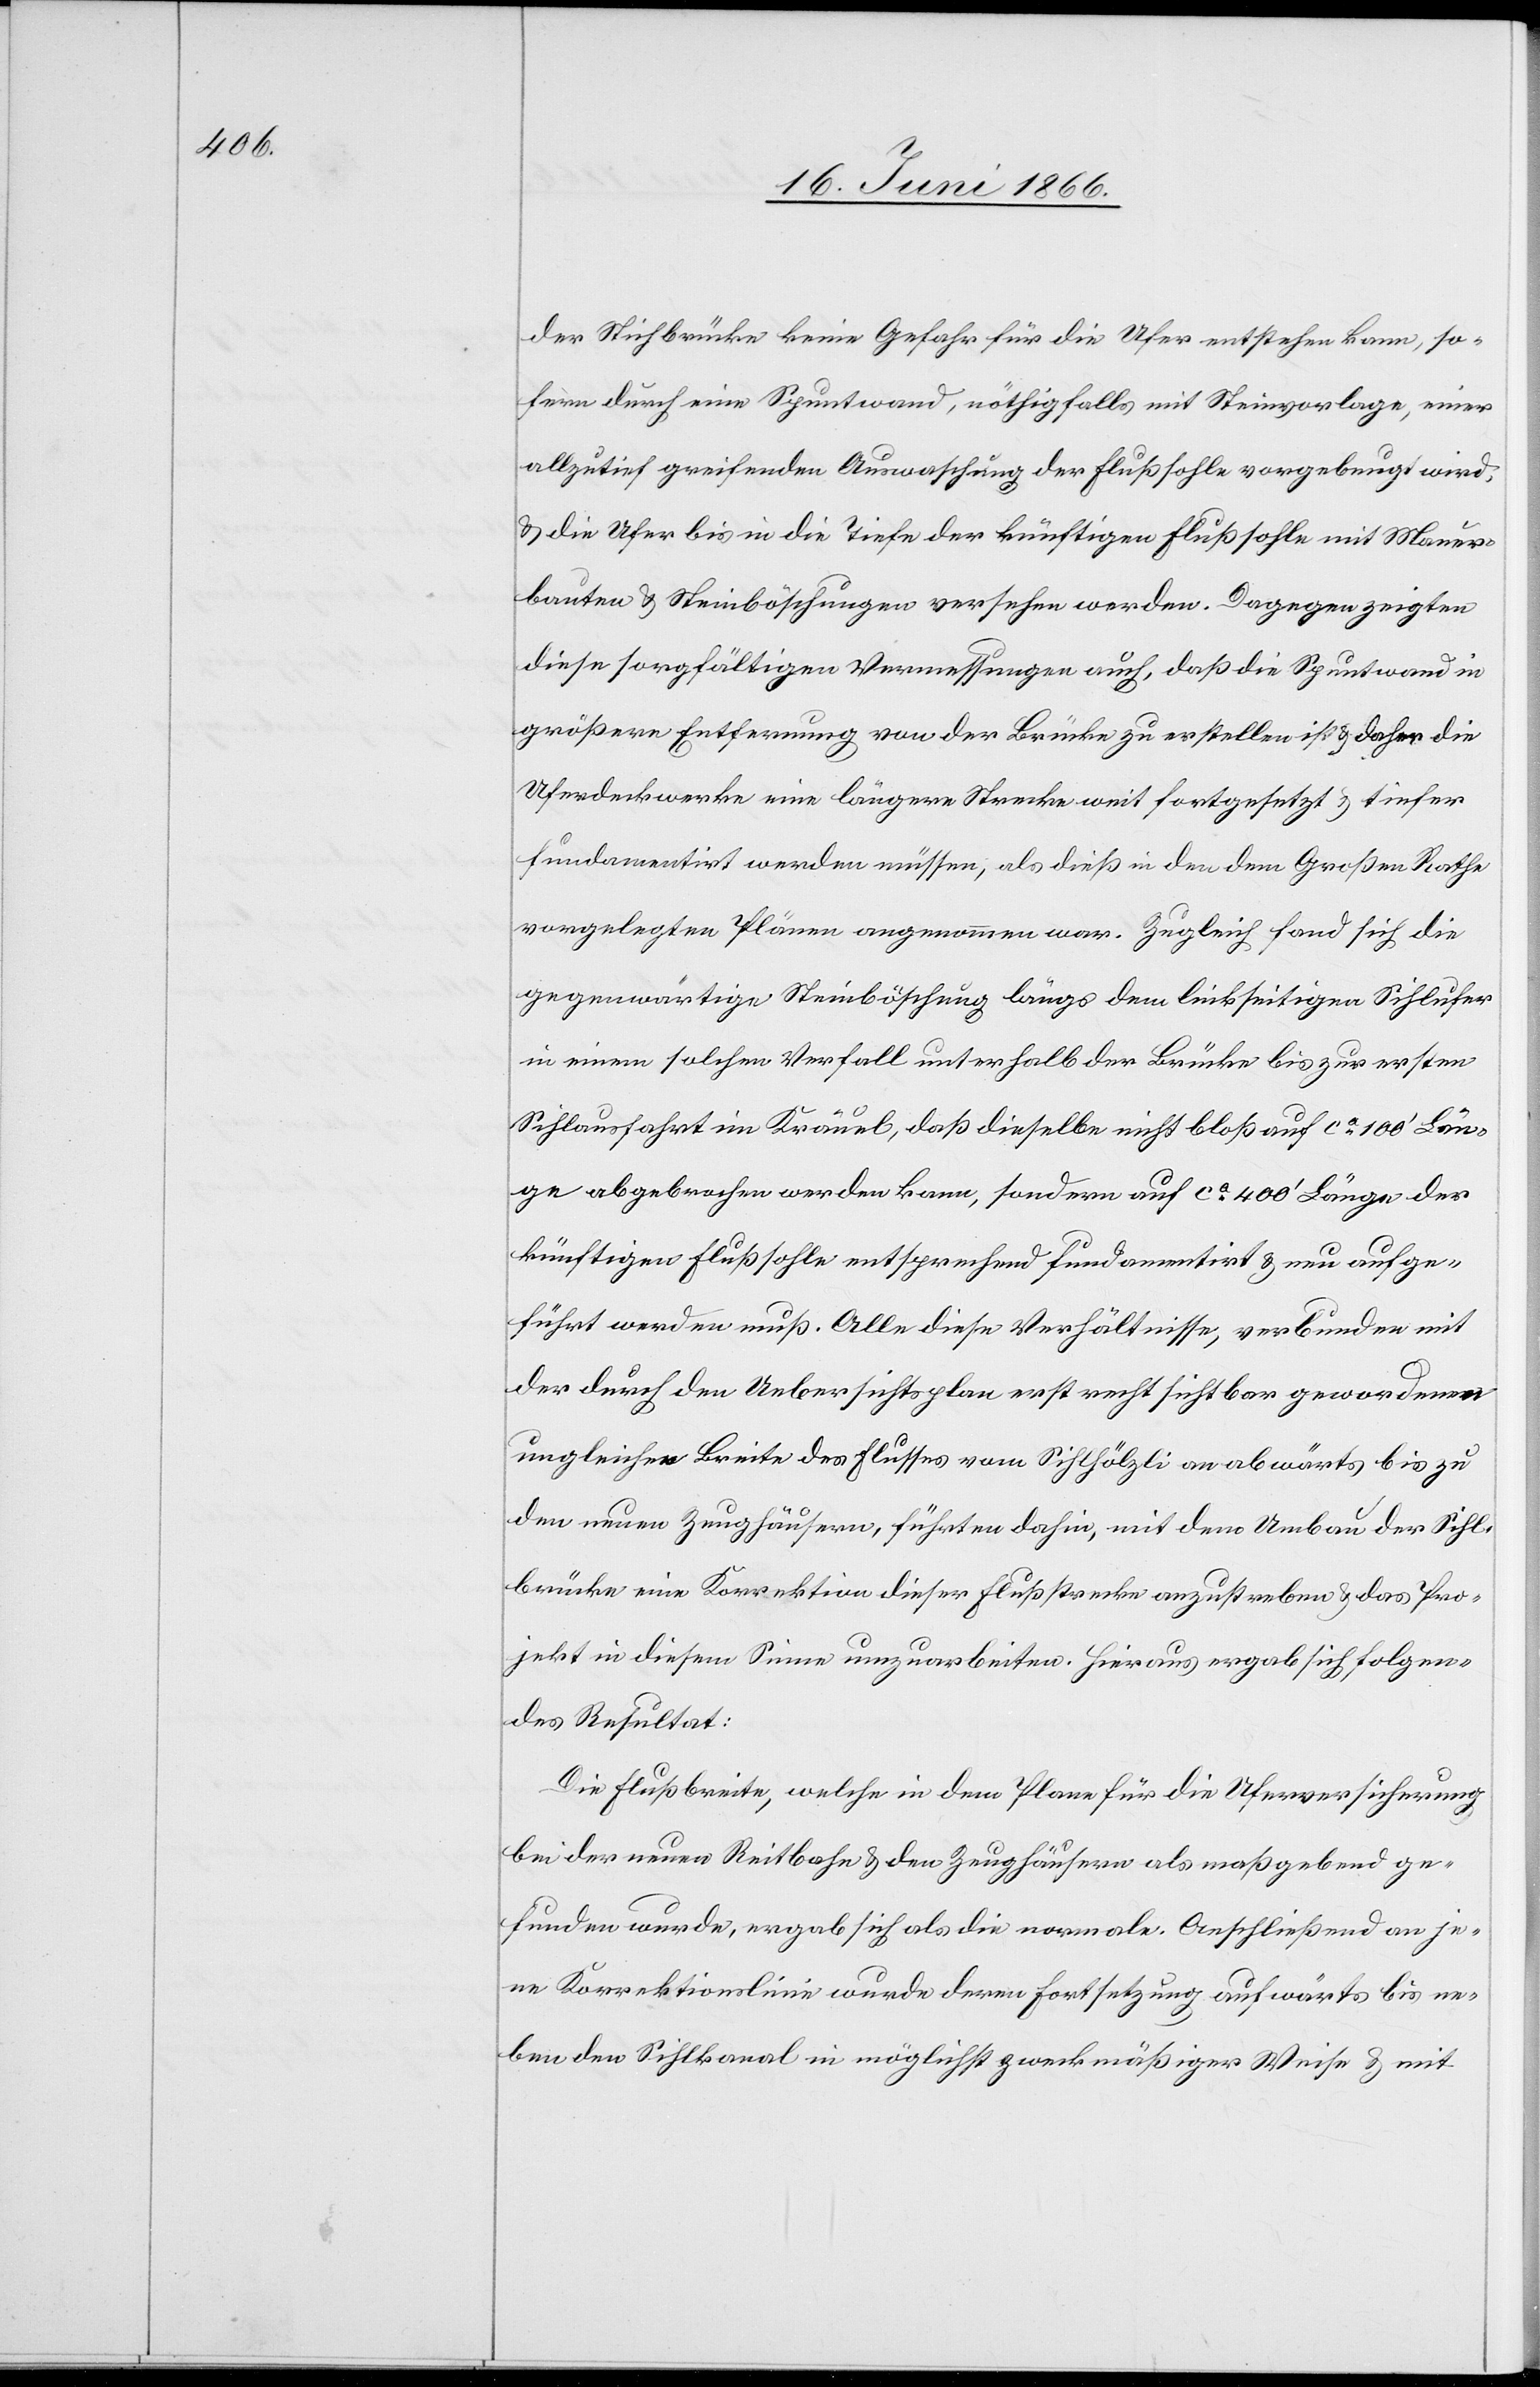
der Sihlbrücke keine Gefahr für die Ufer entstehen kann, so¬
fern durch eine Spuntwand, nöthigenfalls mit Steinvorlage, einer
allzutief greifenden Auswaschung der Flußsohle vorgebeugt wird,
u. die Ufer bis in die Tiefe der künftigen Flußsohle mit Mauer¬
bauten u. Steinböschungen versehen werden. Dagegen zeigten
diese sorgfältigen Vermessungen auch, daß die Spuntwand in
größere Entfernung von der Brücke zu erstellen ist u. daher die
Uferdeckwerke eine längere Strecke weit fortgesetzt u. tiefer
fundamentirt werden müsse, als dieß in den dem Großen Rathe
vorgelegten Plänen angenommen war. Zugleich fand sich die
gegenwärtige Steinböschung längs dem linkseitigen Sihlufer
in einem solchen Verfall unterhalb der Brücke bis zur ersten
Sihlausfahrt im Kräuel, daß dieselbe nicht bloß auf ca. 100‘ Län¬
ge abgegraben werden kann, sondern auf ca. 400‘ Länge der
künftigen Flußsohle entsprechend fundamentirt u neu aufge¬
führt werden muß. Alle diese Verhältnisse, verbunden mit
der durch den Uebersichtsplan erst recht sichtbar gewordenen
ungleichen Breite des Flusses vom Sihlhölzli an abwärts bis zu
den neuen Zeughäusern, führten dahin, mit dem Umbau der Sihl¬
brücke eine Korrektion dieser Flußstrecke anzustreben u. das Pro¬
jekt in diesem Sinne umzuarbeiten. Hieraus ergab sich folgen¬
des Resultat:
Die Flußbreite, welche in dem Plane für die Uferversicherung
bei der neuen Reitbahn u. den Zeughäusern als maßgebend ge¬
funden wurde, ergab sich als die normale. Anschließend an je¬
ne Korrektionslinie wurde deren Fortsetzung aufwärts bis ne¬
ben den Sihlkanal in möglichst zweckmäßiger Weise u. mit